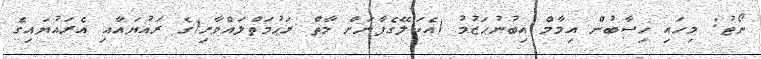
ނޯޓު: މިހައި ހިސާބުން އިމާމް އިބުނުޙަޒުމު (އެކަލޭގެފާނަށް މާތް ރަޙުމަތްލައްވާށި)ގެ ރައުޔައާއި އެރައުޔައިގެ